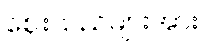
ဈေးသည်များအား